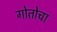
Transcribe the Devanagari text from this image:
गोतोचा